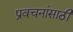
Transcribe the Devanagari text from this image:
प्रवचनांसाठी